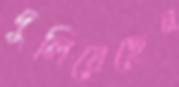
দুলিয়েছেন